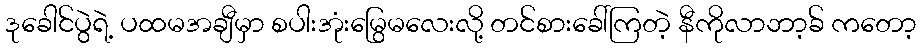
ဒုခေါင်ပွဲရဲ့ ပထမအချီမှာ စပါးအုံးမြွေမလေးလို့ တင်စားခေါ်ကြတဲ့ နီကိုလာဘာ့ခ် ကတော့